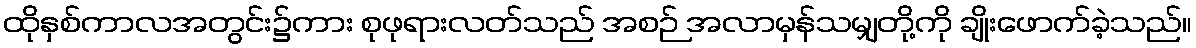
ထိုနှစ်ကာလအတွင်း၌ကား စုဖုရားလတ်သည် အစဉ် အလာမှန်သမျှတို့ကို ချိုးဖောက်ခဲ့သည်။